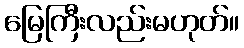
မြေကြီးလည်းမဟုတ်။